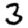
Digit: 3